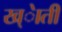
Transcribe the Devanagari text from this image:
ख्ेाती